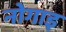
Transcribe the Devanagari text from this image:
नोगाइ